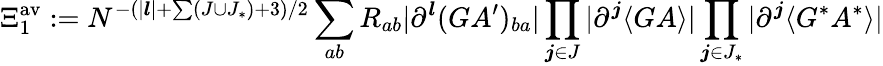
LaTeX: \Xi_{1}^{\mathrm{av}}:=N^{-(|\boldsymbol{l}|+\sum(J\cup J_{*})+3)/2}\sum_{ab}R_{ab}|\partial^{\boldsymbol{l}}(G{A^{\prime}})_{ba}|\prod_{\boldsymbol{j}\in J}|\partial^{\boldsymbol{j}}\langle GA\rangle|\prod_{\boldsymbol{j}\in J_{*}}|\partial^{\boldsymbol{j}}\langle G^{*}A^{*}\rangle|